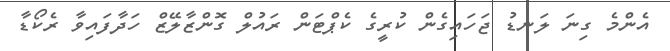
އެންމެ ގިނަ ލަނޑު ޖަހައިގެން ކުރީގެ ކެޕްޓަން ރައުލް ގޮންޒާލޭޒް ހަދާފައިވާ ރެކޯޑާ